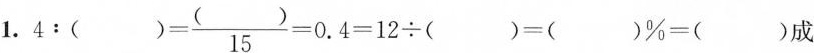
1. $$4：( )= \frac{()}{15}=0.4=12÷( )=( )\%=( )$$成